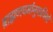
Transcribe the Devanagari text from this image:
ब्राह्मणधर्मानुयायियों